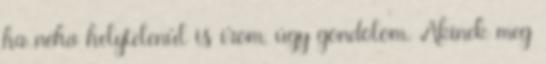
ha néha helytelenül is í­rom, úgy gondolom. Akinek meg